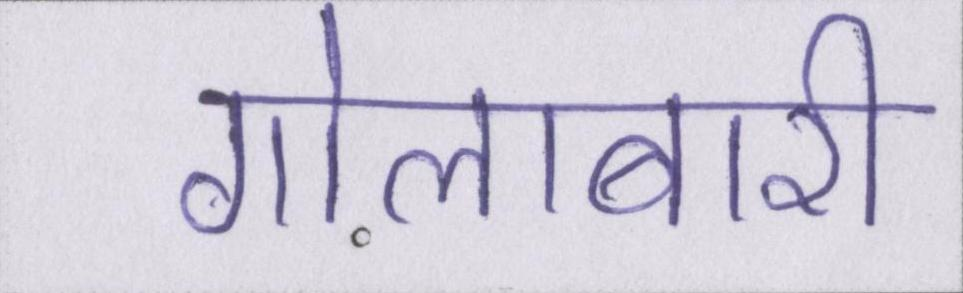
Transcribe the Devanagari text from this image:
गोलाबारी